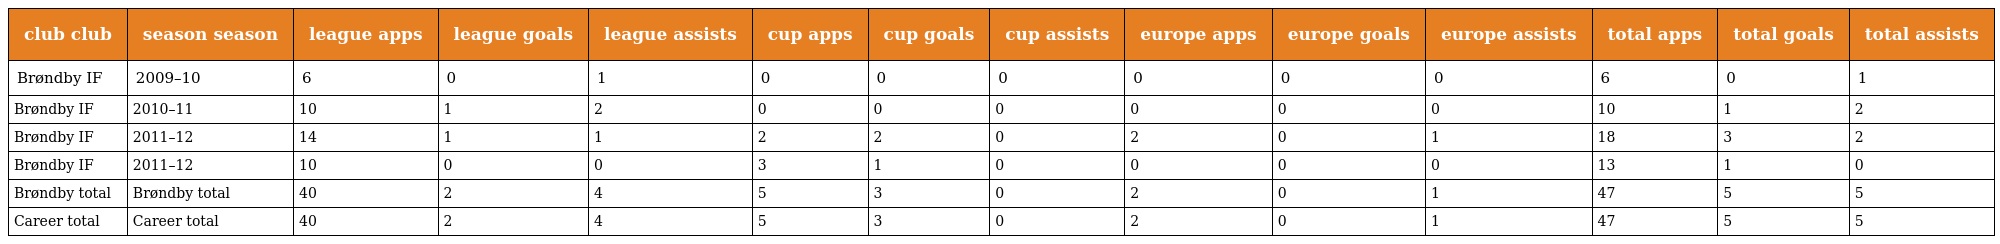
| club club | season season | league apps | league goals | league assists | cup apps | cup goals | cup assists | europe apps | europe goals | europe assists | total apps | total goals | total assists |
 | --- | --- | --- | --- | --- | --- | --- | --- | --- | --- | --- | --- | --- | --- |
 | Brøndby IF | 2009–10 | 6 | 0 | 1 | 0 | 0 | 0 | 0 | 0 | 0 | 6 | 0 | 1 |
 | Brøndby IF | 2010–11 | 10 | 1 | 2 | 0 | 0 | 0 | 0 | 0 | 0 | 10 | 1 | 2 |
 | Brøndby IF | 2011–12 | 14 | 1 | 1 | 2 | 2 | 0 | 2 | 0 | 1 | 18 | 3 | 2 |
 | Brøndby IF | 2011–12 | 10 | 0 | 0 | 3 | 1 | 0 | 0 | 0 | 0 | 13 | 1 | 0 |
 | Brøndby total | Brøndby total | 40 | 2 | 4 | 5 | 3 | 0 | 2 | 0 | 1 | 47 | 5 | 5 |
 | Career total | Career total | 40 | 2 | 4 | 5 | 3 | 0 | 2 | 0 | 1 | 47 | 5 | 5 |